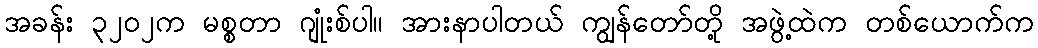
အခန်း ၃၂၀၂က မစ္စတာ ဂျုံးစ်ပါ။ အားနာပါတယ် ကျွန်တော်တို့ အဖွဲ့ထဲက တစ်ယောက်က